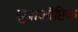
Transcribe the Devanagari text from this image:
सुप्राऑप्टिक